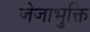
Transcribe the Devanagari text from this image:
जेजाभुक्ति